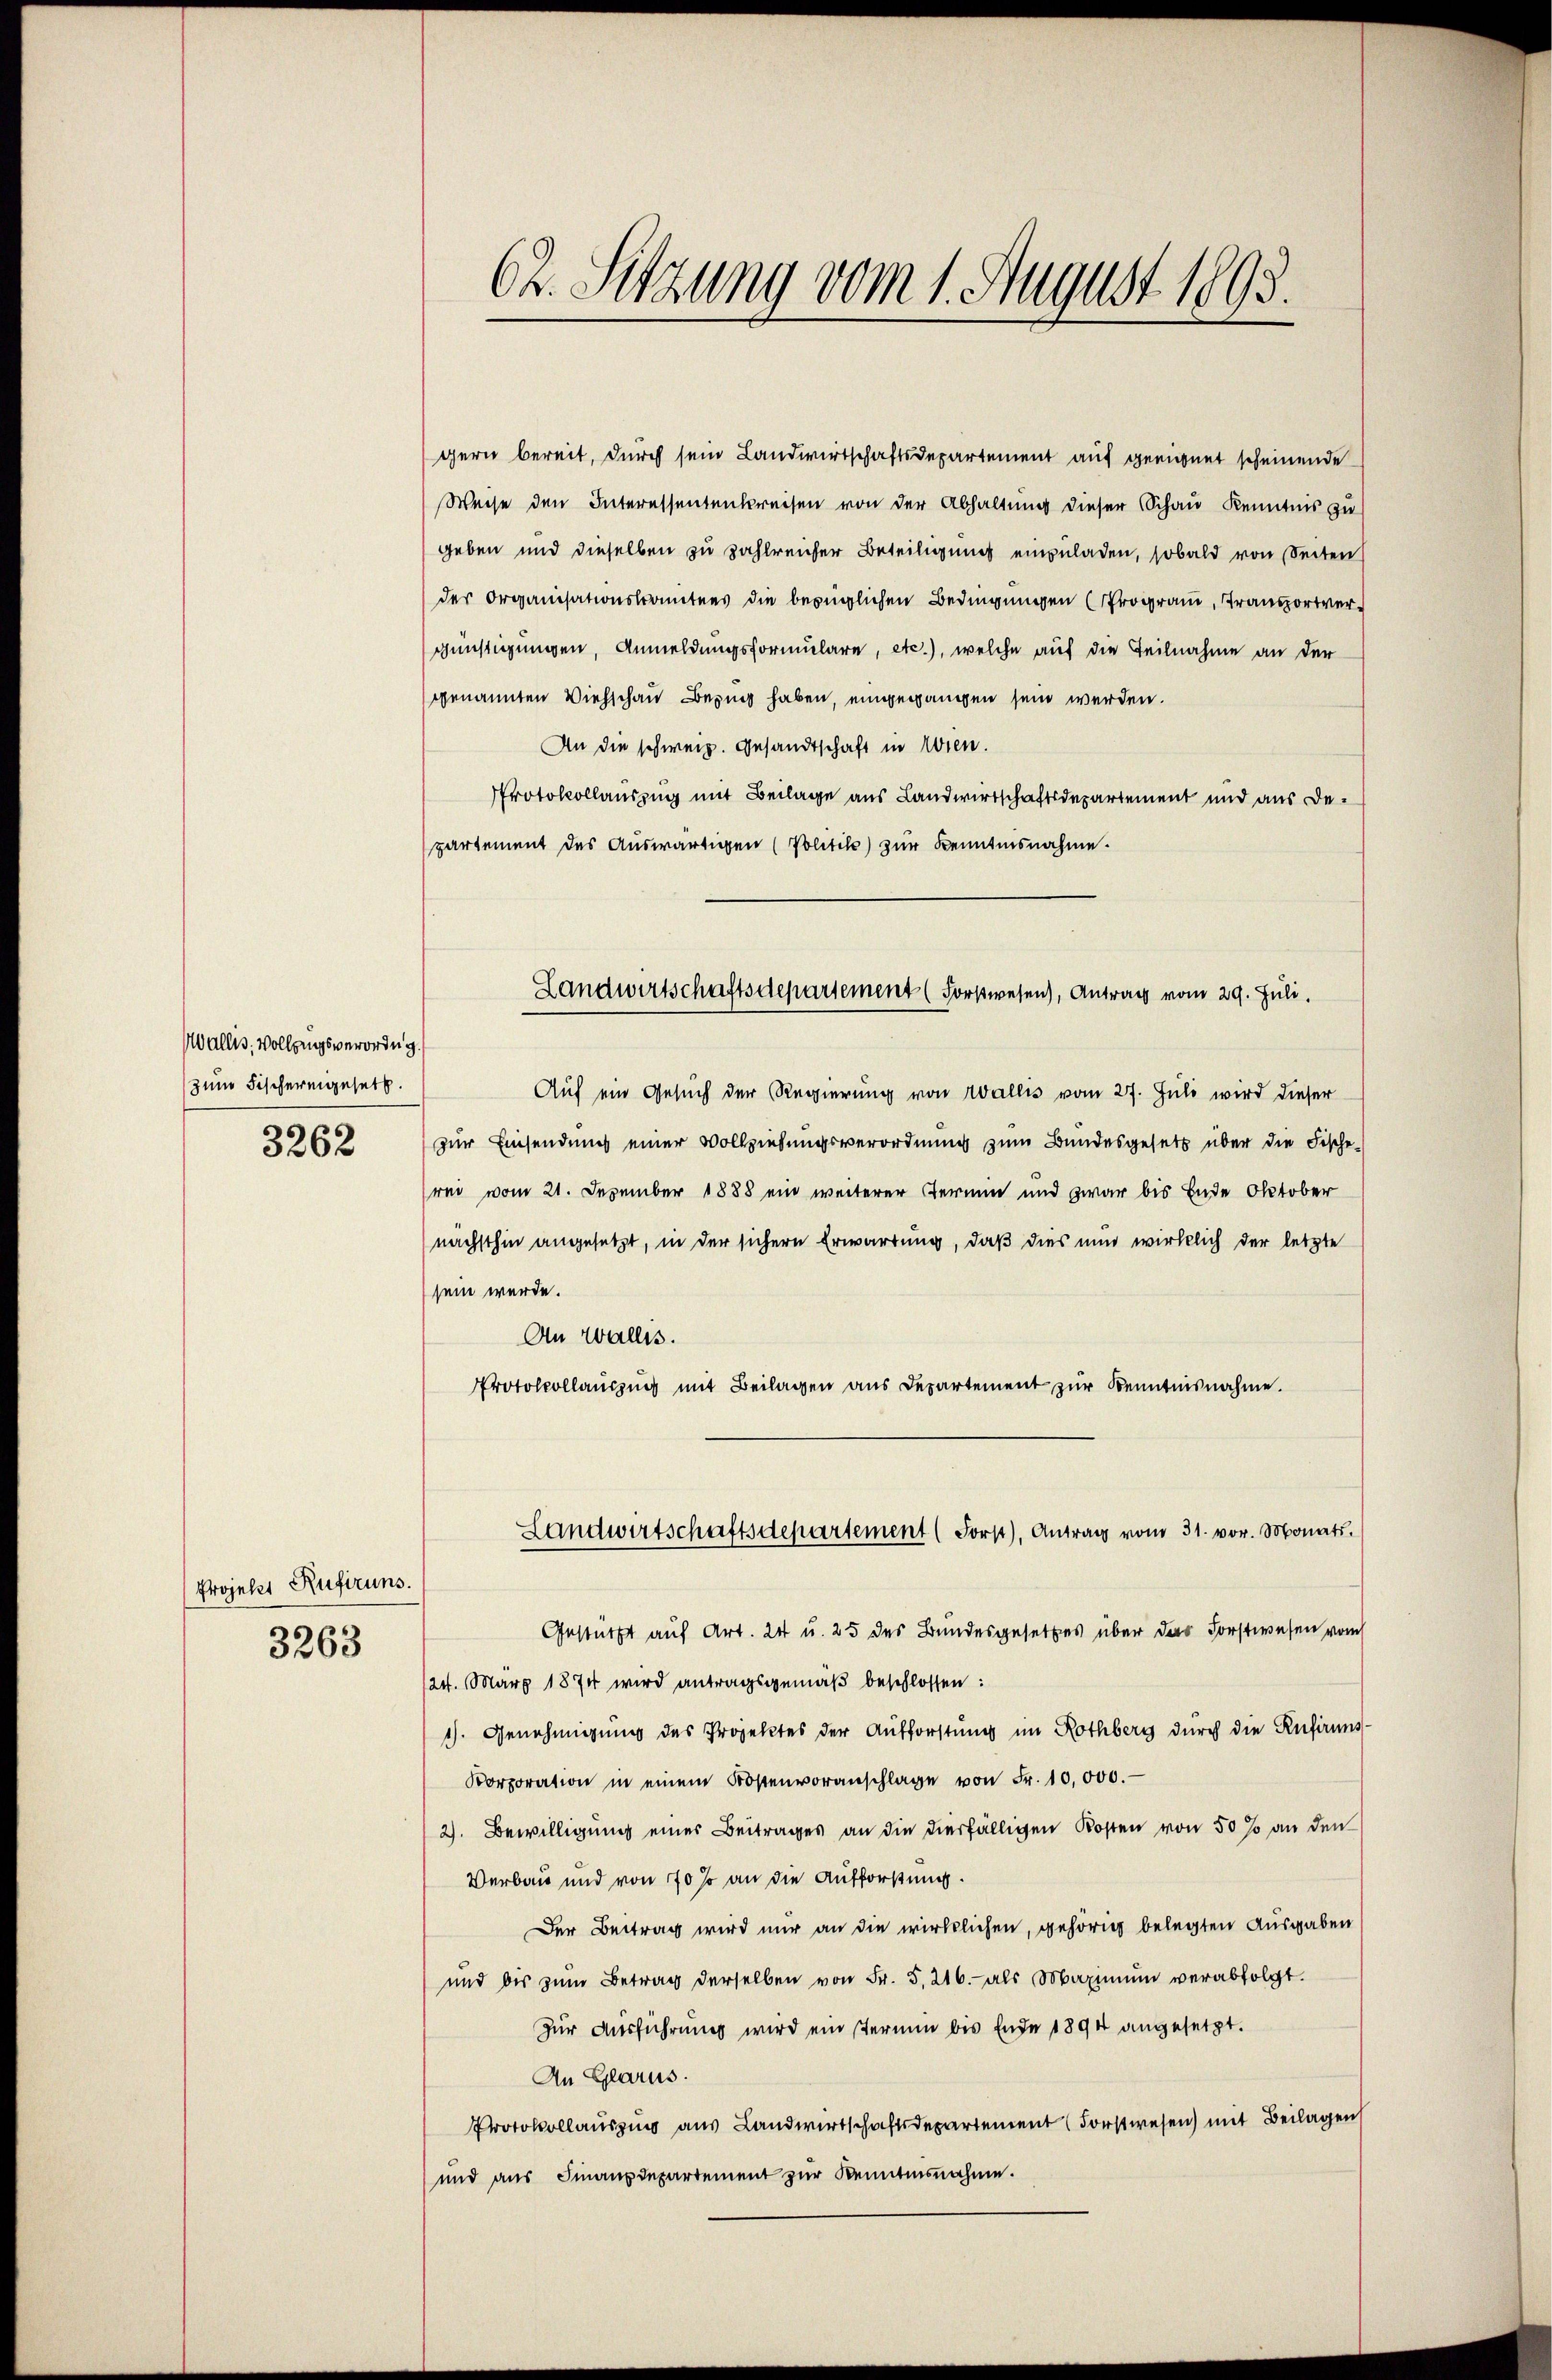
Wallis, Vollzugsverordng.
zum Fischerengesetz.
3262

Projekt Rufiruns.
3263

62. Sitzung vom 1. August 1895.

gern bereit, durch sein Landwirtschaftsdepartement auf geeignet scheinende
Weise den Interessentenkreisen von der Abhaltung dieser Schau Kenntnis zu
geben und dieselben zu zahlreicher Beteiligung einzuladen, sobald von Seiten
der Organisationskomitees die bezüglichen Bedingungen (Program, Transportver¬
Günstigungen, Anmeldungsformulare, etc.), welche auf die Teilnahme an der
genannten Viehschau Bezug haben, eingegangen sein werden.
An die schweiz. Gesandtschaft in Wien.
Protokollauszug mit Beilage aus Landwirtschaftsdepartement und aus Departement des Auswärtigen (Politik zur Kenntnisnahme.
Auf ein Gesuch der Regierung von Wallis vom 27. Juli wird dieser
zur Einsendung einer Vollziehungsverordnung zum Bundesgesetz über die Fische-
rei vom 21. Dezember 1888 ein weiterer Termin und zwar bis Ende Oktober
nächsthin angesetzt, in der sichern Erwartung, daß dies nun wirklich der letzte
sein werde.
An Wallis.
Protocollauszug mit Beilagen aus Departement zur Kenntnisnahme.
Landwirtschaftsdepartement (Forst), Antrag vom 31. vor. Monat
Gestützt auf Art. 24 u. 25 des Bundesgesetzes über das Forstwesen vom
124. März 1874 wird antragsgemäß beschlossen:
1). Genehmigung des Projektes der Aufforstung im Rothberg durch die Rufirung¬
Korporation in einem Kostenvoranschlage von Fr. 10,000.
2). Bewilligung eines Beitrages an die verfälligen Kosten von 50 % an den
Verbau und von 10 so an die Aufforstung.
Der Beitrag wird nur an die wirklichen, gehörig belegten Ausgaben
und bis zŭm Betrag derselben von Fr. 5. 216.- als Maximŭm verabfolgt.
Zur Ausführung wird ein sterium bis Ende 1894 angesetzt.
An Glarus.
Protokollauszug aus Landwirtschaftsdepartement (Forstwesen) mit Beilagen
und aus Finanzdepartement zur Kenntnisnahme.

Landwirtschaftsdepartement (Forstwesen), Antrag vom 29. Juli.